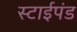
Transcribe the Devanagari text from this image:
स्टाईपंड